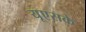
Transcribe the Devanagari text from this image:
यूएसके